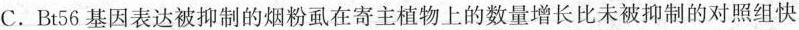
C.Bt56基因表达被抑制的烟粉虱在寄主植物上的数量增长比未被抑制的对照组快